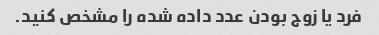
فرد یا زوج بودن عدد داده شده را مشخص کنید.